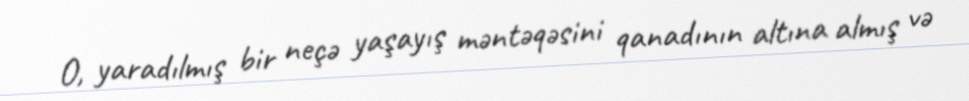
O, yaradılmış bir neçə yaşayış məntəqəsini qanadının altına almış və